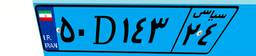
۵۰D۱۴۳۲۴